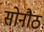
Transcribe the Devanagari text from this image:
सोनौठ